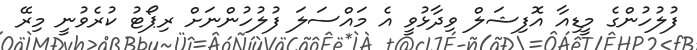
ފުލުހުންގެ މީޑިއާ އޮފިޝަލް ވިދާޅުވީ އެ މައްސަލަ ފުލުހުންނަށް ރިޕޯޓު ކުރެވުނީ މިރޭ